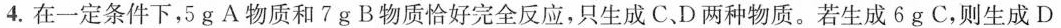
4. 在一定条件下，5 g A 物质和 7 g B 物质恰好完全反应，只生成 C、D 两种物质。若生成 6 g C，则生成 D